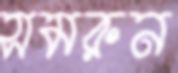
সমরুন